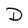
Character: D